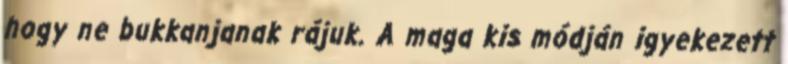
hogy ne bukkanjanak rájuk. A maga kis módján igyekezett